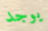
يوجد